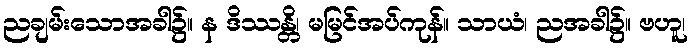
ညချမ်းသောအခါ၌။ န ဒိဿန္တိ၊ မမြင်အပ်ကုန်။ သာယံ၊ ညအခါ၌။ ဗဟူ၊